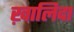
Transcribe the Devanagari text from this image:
ख़ालिदा